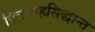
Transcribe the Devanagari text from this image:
पितामहसिद्धान्त